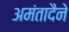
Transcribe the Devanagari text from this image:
अमंतादैने